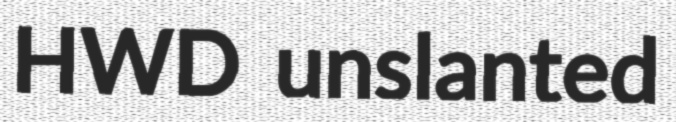
HWD unslanted